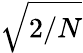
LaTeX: \sqrt{2/N}